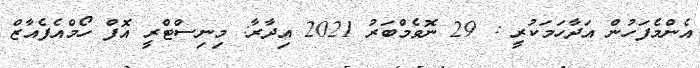
އެންމެފަހުން އަދާހަމަކުރީ : 29 ނޮވެމްބަރު 2021 އިދާރާ: މިނިސްޓްރީ އޮފް ހޯމްއެފެއާޒް